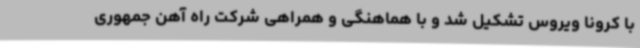
با کرونا ویروس تشکیل شد و با هماهنگی و همراهی شرکت راه آهن جمهوری